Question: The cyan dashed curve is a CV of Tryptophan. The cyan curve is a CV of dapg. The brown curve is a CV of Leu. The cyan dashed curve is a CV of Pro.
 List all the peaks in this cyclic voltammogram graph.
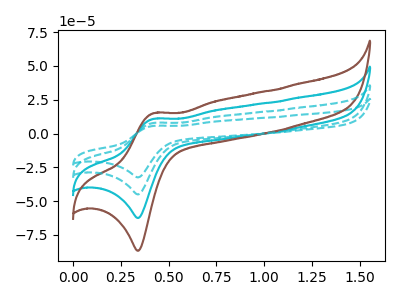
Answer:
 <answer>The cyan dashed curve "Tryptophan" has an anodic peak at (0.40V, 5.65uA) and a cathodic peak at (0.35V, -32.45uA). The cyan curve "dapg" has an anodic peak at (0.40V, 15.70uA) and a cathodic peak at (0.35V, -90.10uA). The brown curve "Leu" has an anodic peak at (0.40V, 23.55uA) and a cathodic peak at (0.35V, -135.20uA). The cyan dashed curve "Pro" has an anodic peak at (0.40V, 7.85uA) and a cathodic peak at (0.35V, -45.05uA).</answer>
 <eval></eval>